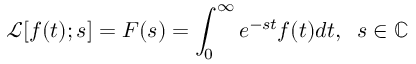
\mathcal { L } [ f ( t ) ; s ] = F ( s ) = \int _ { 0 } ^ { \infty } e ^ { - s t } f ( t ) d t , \; \; s \in \mathbb { C }